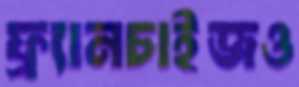
ফ্র্যানচাইজও